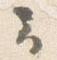
云